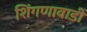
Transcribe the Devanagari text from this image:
शिंगणावाडी